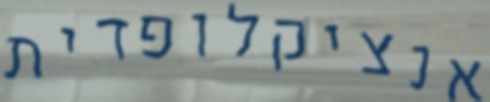
אנציקלופדית